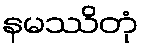
နမဿိတုံ